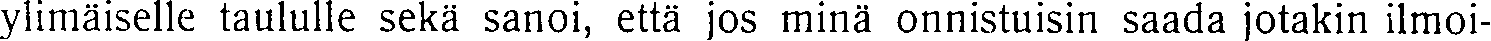
ylimäiselle taululle sekä sanoi, että jos minä onnistuisin saada jotakin ilmoi-